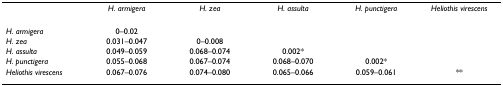
|  | H. armigera | H. zea | H. assulta | H. punctigera | Heliothis virescens |
 | --- | --- | --- | --- | --- | --- |
 | H. armigera | 0–0.02 |  |  |  |  |
 | H. zea | 0.031–0.047 | 0–0.008 |  |  |  |
 | H. assulta | 0.049–0.059 | 0.068–0.074 | 0.002* |  |  |
 | H. punctigera | 0.055–0.068 | 0.067–0.074 | 0.068–0.070 | 0.002* |  |
 | Heliothis virescens | 0.067–0.076 | 0.074–0.080 | 0.065–0.066 | 0.059–0.061 | ** |